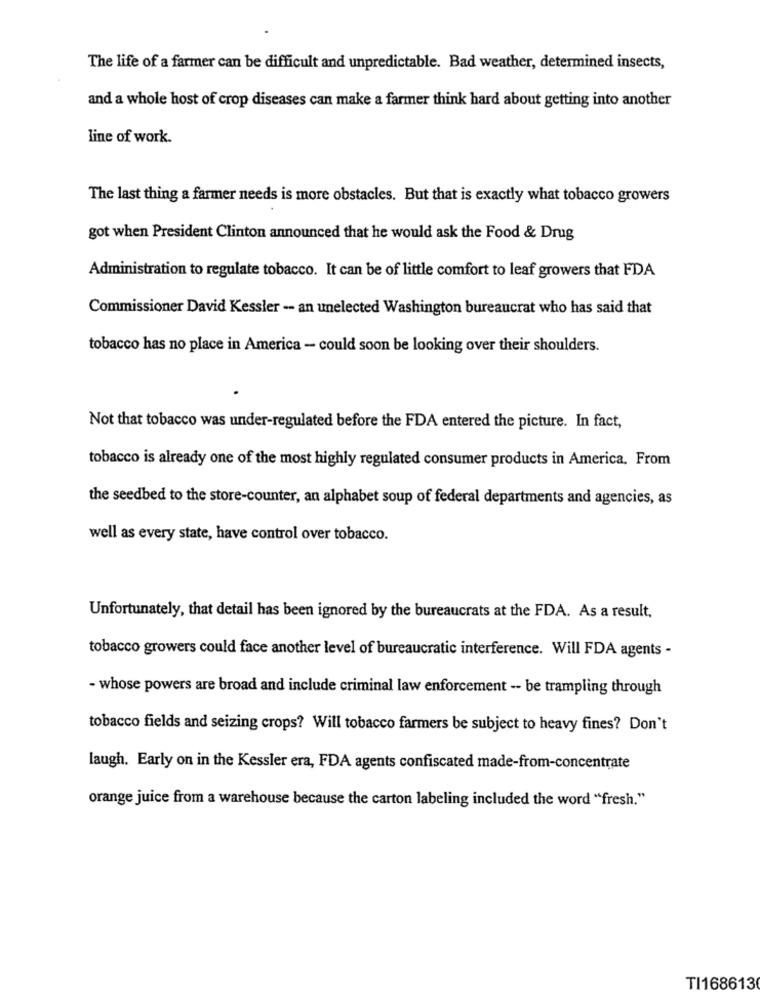
The life of a farmer can be difficult and unpredictable. Bad weather, determined insects,
and a whole host of crop diseases can make a farmer think hard about getting into another
line of work.
The last thing a farmer needs is more obstacles. But that is exactly what tobacco growers
got when President Clinton announced that he would ask the Food & Drug
Administration to regulate tobacco. It can be of little comfort to leaf growers that FDA
Commissioner David Kessler -- an unelected Washington bureaucrat who has said that
tobacco has no place in America - could soon be looking over their shoulders.
Not that tobacco was under-regulated before the FDA entered the picture. In fact,
tobacco is already one of the most highly regulated consumer products in America. From
the seedbed to the store-counter, an alphabet soup of federal departments and agencies, as
well as every state, have control over tobacco.
Unfortunately, that detail has been ignored by the bureaucrats at the FDA. As a result,
tobacco growers could face another level of bureaucratic interference. Will FDA agents -
- whose powers are broad and include criminal law enforcement -- be trampling through
tobacco fields and seizing crops? Will tobacco farmers be subject to heavy fines? Don't
laugh. Early on in the Kessler era, FDA agents confiscated made-from-concentrate
orange juice from a warehouse because the carton labeling included the word "fresh."
TI168613